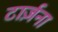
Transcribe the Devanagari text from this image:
टार्ज़ना